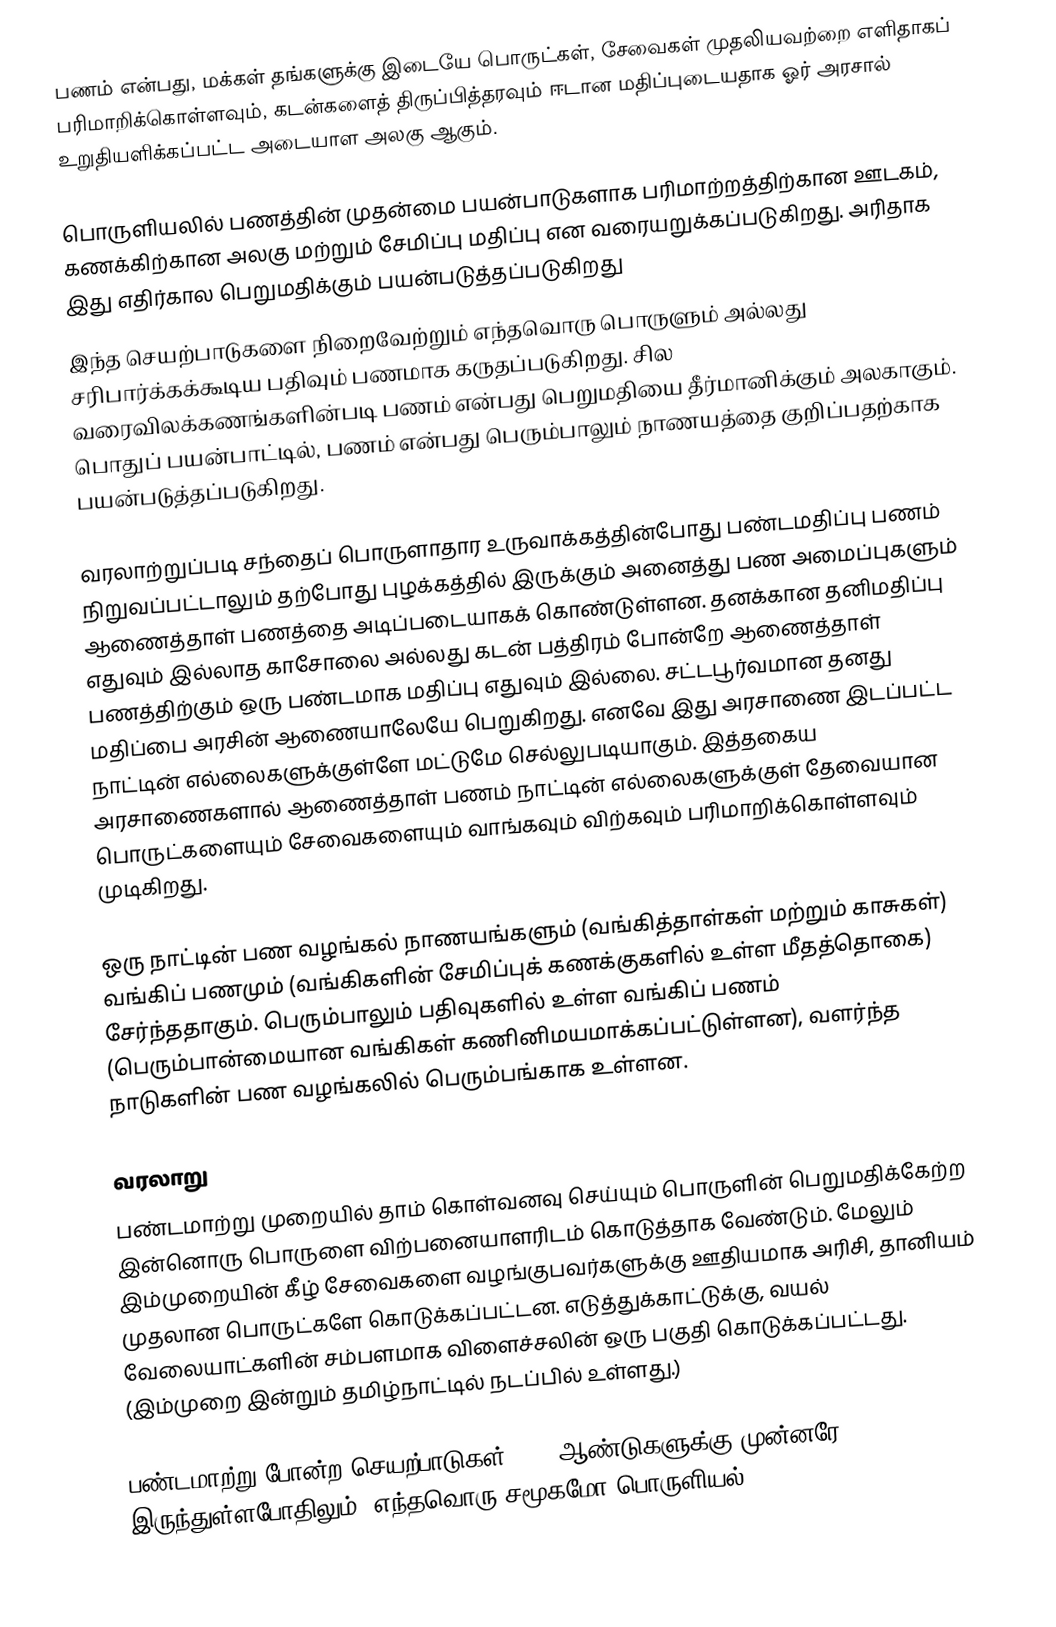
பணம் என்பது, மக்கள் தங்களுக்கு இடையே பொருட்கள், சேவைகள் முதலியவற்றை எளிதாகப் பரிமாறிக்கொள்ளவும், கடன்களைத் திருப்பித்தரவும் ஈடான மதிப்புடையதாக ஓர் அரசால் உறுதியளிக்கப்பட்ட அடையாள அலகு ஆகும்.

பொருளியலில் பணத்தின் முதன்மை பயன்பாடுகளாக பரிமாற்றத்திற்கான ஊடகம், கணக்கிற்கான அலகு மற்றும் சேமிப்பு மதிப்பு என வரையறுக்கப்படுகிறது. அரிதாக இது எதிர்கால பெறுமதிக்கும் பயன்படுத்தப்படுகிறது
இந்த செயற்பாடுகளை நிறைவேற்றும் எந்தவொரு பொருளும் அல்லது சரிபார்க்கக்கூடிய பதிவும் பணமாக கருதப்படுகிறது. சில வரைவிலக்கணங்களின்படி பணம் என்பது பெறுமதியை தீர்மானிக்கும் அலகாகும். பொதுப் பயன்பாட்டில், பணம் என்பது பெரும்பாலும் நாணயத்தை குறிப்பதற்காக பயன்படுத்தப்படுகிறது.

வரலாற்றுப்படி சந்தைப் பொருளாதார உருவாக்கத்தின்போது பண்டமதிப்பு பணம் நிறுவப்பட்டாலும் தற்போது புழக்கத்தில் இருக்கும் அனைத்து பண அமைப்புகளும் ஆணைத்தாள் பணத்தை அடிப்படையாகக் கொண்டுள்ளன. தனக்கான தனிமதிப்பு எதுவும் இல்லாத காசோலை அல்லது கடன் பத்திரம் போன்றே ஆணைத்தாள் பணத்திற்கும் ஒரு பண்டமாக மதிப்பு எதுவும் இல்லை. சட்டபூர்வமான தனது மதிப்பை அரசின் ஆணையாலேயே பெறுகிறது. எனவே இது அரசாணை இடப்பட்ட நாட்டின் எல்லைகளுக்குள்ளே மட்டுமே செல்லுபடியாகும். இத்தகைய அரசாணைகளால் ஆணைத்தாள் பணம் நாட்டின் எல்லைகளுக்குள் தேவையான பொருட்களையும் சேவைகளையும் வாங்கவும் விற்கவும் பரிமாறிக்கொள்ளவும் முடிகிறது.

ஒரு நாட்டின் பண வழங்கல் நாணயங்களும் (வங்கித்தாள்கள் மற்றும் காசுகள்) வங்கிப் பணமும் (வங்கிகளின் சேமிப்புக் கணக்குகளில் உள்ள மீதத்தொகை) சேர்ந்ததாகும். பெரும்பாலும் பதிவுகளில் உள்ள வங்கிப் பணம் (பெரும்பான்மையான வங்கிகள் கணினிமயமாக்கப்பட்டுள்ளன), வளர்ந்த நாடுகளின் பண வழங்கலில் பெரும்பங்காக உள்ளன.

வரலாறு
பண்டமாற்று முறையில்  தாம் கொள்வனவு செய்யும் பொருளின் பெறுமதிக்கேற்ற இன்னொரு பொருளை விற்பனையாளரிடம் கொடுத்தாக வேண்டும். மேலும் இம்முறையின் கீழ் சேவைகளை வழங்குபவர்களுக்கு ஊதியமாக அரிசி, தானியம் முதலான பொருட்களே கொடுக்கப்பட்டன. எடுத்துக்காட்டுக்கு, வயல் வேலையாட்களின் சம்பளமாக விளைச்சலின் ஒரு பகுதி கொடுக்கப்பட்டது. (இம்முறை இன்றும் தமிழ்நாட்டில் நடப்பில் உள்ளது.)

பண்டமாற்று போன்ற செயற்பாடுகள் 5000 ஆண்டுகளுக்கு முன்னரே இருந்துள்ளபோதிலும், எந்தவொரு சமூகமோ பொருளியல்